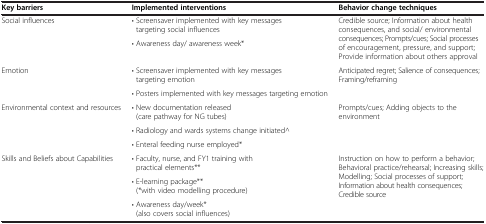
<table><thead><tr><td><b>Key barriers</b></td><td><b>Implemented interventions</b></td><td><b>Behavior change techniques</b></td></tr></thead><tbody><tr><td rowspan="2">Social influences</td><td>• Screensaver implemented with key messages targeting social influences</td><td rowspan="2">Credible source; Information about health consequences, and social/ environmental consequences; Prompts/cues; Social processes of encouragement, pressure, and support; Provide information about others approval</td></tr><tr><td>• Awareness day/ awareness week*</td></tr><tr><td rowspan="2">Emotion</td><td>• Screensaver implemented with key messages targeting emotion</td><td rowspan="2">Anticipated regret; Salience of consequences; Framing/reframing</td></tr><tr><td>• Posters implemented with key messages targeting emotion</td></tr><tr><td rowspan="3">Environmental context and resources</td><td>• New documentation released (care pathway for NG tubes)</td><td rowspan="3">Prompts/cues; Adding objects to the environment</td></tr><tr><td>• Radiology and wards systems change initiated^</td></tr><tr><td>• Enteral feeding nurse employed*</td></tr><tr><td rowspan="2">Skills and Beliefs about Capabilities</td><td>• Faculty, nurse, and FY1 training with practical elements**</td><td rowspan="2">Instruction on how to perform a behavior; Behavioral practice/rehearsal; Increasing skills; Modelling; Social processes of support; Information about health consequences; Credible source</td></tr><tr><td>• E-learning package** (*with video modelling procedure)</td></tr><tr><td> </td><td>• Awareness day/week* (also covers social influences)</td><td> </td></tr></tbody></table>